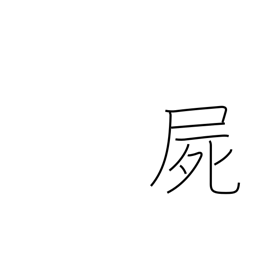
Meaning: corpse